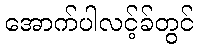
အောက်ပါလင့်ခ်တွင်